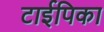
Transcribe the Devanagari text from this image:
टाईपिका